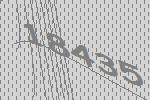
18435